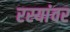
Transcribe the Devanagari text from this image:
रस्यांवर